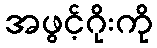
အဖွင့်ဂိုးကို